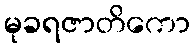
မုခရဇာတိကော